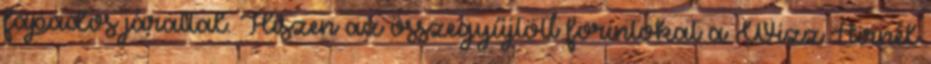
fapados járattal. Hiszen az összegyűjtött forintokat a Wizz Airnél